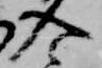
入